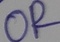
Text: OR